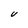
Character: U